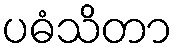
ပဓံသိတာ